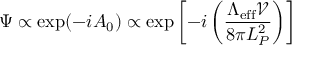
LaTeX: \Psi \propto \exp ( - i A _ { 0 } ) \propto \exp \left[ - i \left( { \frac { \Lambda _ { \mathrm { e f f } } { \mathcal V } } { 8 \pi L _ { P } ^ { 2 } } } \right) \right]